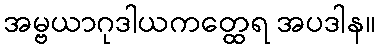
အမ္ဗယာဂုဒါယကတ္ထေရ အပဒါန။